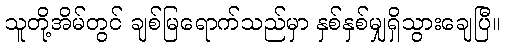
သူတို့အိမ်တွင် ချစ်မြရောက်သည်မှာ နှစ်နှစ်မျှရှိသွားချေပြီ။